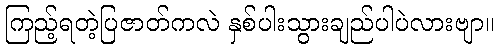
ကြည့်ရတဲ့ပြဇာတ်ကလဲ နှစ်ပါးသွားချည်ပါပဲလားဗျာ။